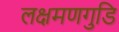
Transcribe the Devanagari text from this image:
लक्षमणगुडि